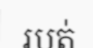
របត់